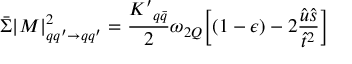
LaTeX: \bar { \Sigma } { | M | } _ { q q ^ { \prime } \rightarrow q q ^ { \prime } } ^ { 2 } = { \frac { { K ^ { \prime } } _ { q \bar { q } } } { 2 } } \omega _ { 2 Q } \Bigl [ ( 1 - \epsilon ) - 2 { \frac { \hat { u } \hat { s } } { \hat { t } ^ { 2 } } } \Bigr ] \;